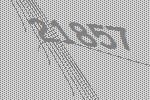
21857